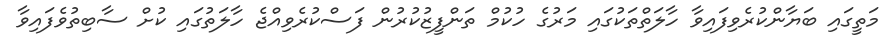
މަތީގައި ބަޔާންކުރެވިފައިވާ ހާލަތްތަކުގައި މަރުގެ ހުކުމް ތަންފީޒުކުރުން ފަސްކުރެވިއްޖެ ހާލަތުގައި ކުށް ސާބިތުވެފައިވާ